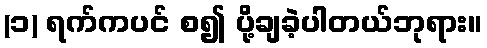
(၁) ရက်ကပင် စ၍ ပို့ချခဲ့ပါတယ်ဘုရား။